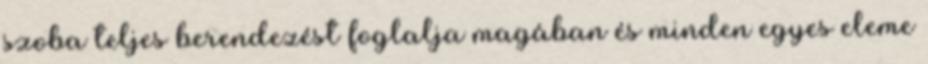
szoba teljes berendezést foglalja magában és minden egyes eleme